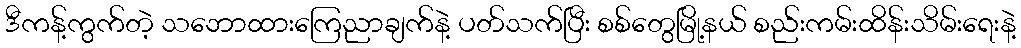
ဒီကန့်ကွက်တဲ့ သဘောထားကြေညာချက်နဲ့ ပတ်သက်ပြီး စစ်တွေမြို့နယ် စည်းကမ်းထိန်းသိမ်းရေးနဲ့